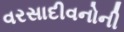
વરસાદીવનોની